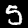
Label: 5